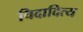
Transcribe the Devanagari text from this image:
चिदादित्य